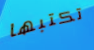
تكتبها